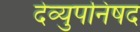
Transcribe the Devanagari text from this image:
देव्युपनिषद